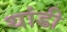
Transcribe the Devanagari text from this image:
थांडी